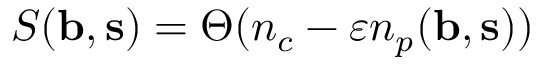
S ( { \bf b } , { \bf s } ) = \Theta ( n _ { c } - \varepsilon n _ { p } ( { \bf b } , { \bf s } ) )